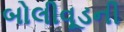
બોલીવૂડની